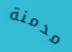
مدمنة